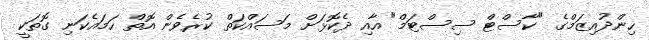
ހިންދުއިޒަމްގެ "ކާސްޓް ސިސްޓަމް" އާއި ދެކޮޅަށް މަސައްކަތް ކުރެވެން އޮތް ހަމައެކަނި ގޮތަކީ